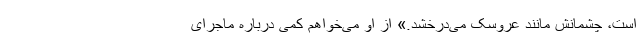
است، چشمانش مانند عروسک می‌درخشد.» از او می‌خواهم کمی درباره ماجرای